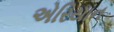
એરિયાન